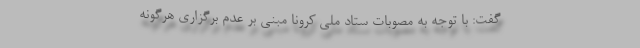
گفت: با توجه به مصوبات ستاد ملی کرونا مبنی بر عدم برگزاری هرگونه